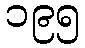
၁၉၅